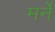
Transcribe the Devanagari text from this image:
मर्ने